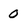
Character: 0